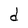
Character: d